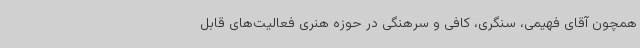
همچون آقای فهیمی، سنگری، کافی و سرهنگی در حوزه هنری فعالیت‌های قابل